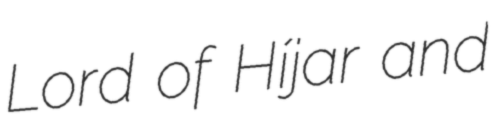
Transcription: Lord of Híjar and